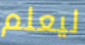
ليعلم